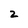
Character: 2